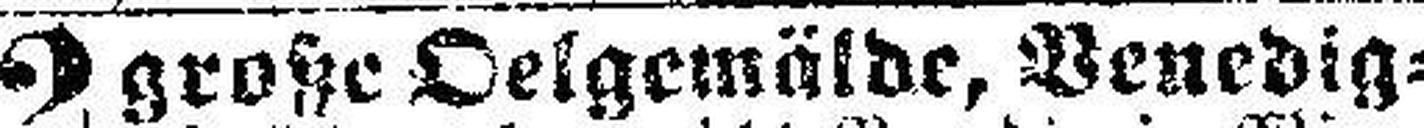
2 große Oelgemälde, Venedig¬